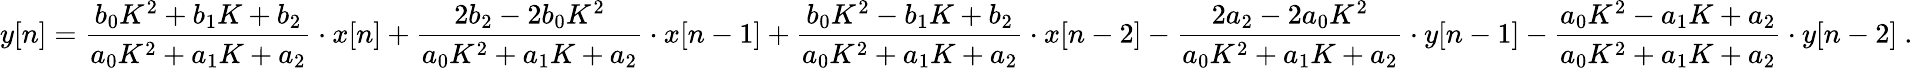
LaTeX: y[n]={\frac{b_{0}K^{2}+b_{1}K+b_{2}}{a_{0}K^{2}+a_{1}K+a_{2}}}\cdot x[n]+{\frac{2b_{2}-2b_{0}K^{2}}{a_{0}K^{2}+a_{1}K+a_{2}}}\cdot x[n-1]+{\frac{b_{0}K^{2}-b_{1}K+b_{2}}{a_{0}K^{2}+a_{1}K+a_{2}}}\cdot x[n-2]-{\frac{2a_{2}-2a_{0}K^{2}}{a_{0}K^{2}+a_{1}K+a_{2}}}\cdot y[n-1]-{\frac{a_{0}K^{2}-a_{1}K+a_{2}}{a_{0}K^{2}+a_{1}K+a_{2}}}\cdot y[n-2]\ .